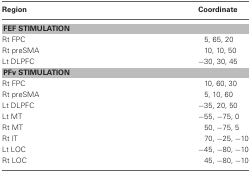
<table><thead><tr><td><b>Region</b></td><td><b>Coordinate</b></td></tr></thead><tbody><tr><td colspan="2"><b>FEF STIMULATION</b></td></tr><tr><td>Rt FPC</td><td>5, 65, 20</td></tr><tr><td>Rt preSMA</td><td>10, 10, 50</td></tr><tr><td>Lt DLPFC</td><td>−30, 30, 45</td></tr><tr><td colspan="2"><b>PFv STIMULATION</b></td></tr><tr><td>Rt FPC</td><td>10, 60, 30</td></tr><tr><td>Rt preSMA</td><td>5, 10, 60</td></tr><tr><td>Lt DLPFC</td><td>−35, 20, 50</td></tr><tr><td>Lt MT</td><td>−55, −75, 0</td></tr><tr><td>Rt MT</td><td>50, −75, 5</td></tr><tr><td>Rt IT</td><td>70, −25, −10</td></tr><tr><td>Lt LOC</td><td>−45, −80, −10</td></tr><tr><td>Rt LOC</td><td>45, −80, −10</td></tr></tbody></table>